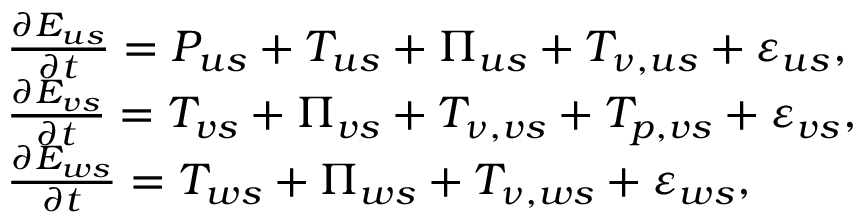
\begin{array} { r l } & { \frac { \partial E _ { u s } } { \partial t } = { P } _ { u s } + T _ { u s } + \Pi _ { u s } + T _ { \nu , u s } + \varepsilon _ { u s } , } \\ & { \frac { \partial E _ { v s } } { \partial t } = T _ { v s } + \Pi _ { v s } + T _ { \nu , v s } + T _ { p , v s } + \varepsilon _ { v s } , } \\ & { \frac { \partial E _ { w s } } { \partial t } = T _ { w s } + \Pi _ { w s } + T _ { \nu , w s } + \varepsilon _ { w s } , } \end{array}